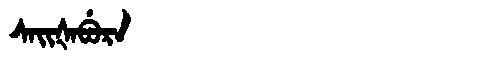
Manchu: ᠰᠠᡳᡧᠠᠪᡠᡵᠠ
Romanization: SAIŠABURA